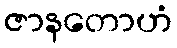
ဇာနတောဟံ